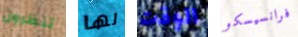
تنظرون لها الوقت فرانسيسكو